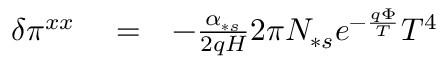
\begin{array} { r l r } { \delta \pi ^ { x x } } & { { } = } & { - \frac { \alpha _ { \ast s } } { 2 q H } 2 \pi N _ { \ast s } e ^ { - \frac { q \Phi } { T } } T ^ { 4 } } \end{array}